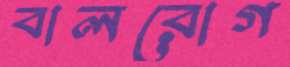
বালরোগ